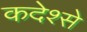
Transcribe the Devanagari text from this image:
कदेश्से